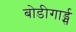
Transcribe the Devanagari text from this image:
बोडीगार्ड्स